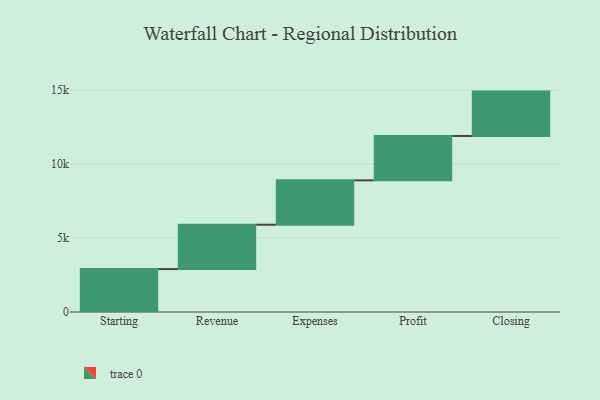
{"axis": {"x": "Step", "y": "Value"}, "legend": [""], "data": [{"x": "Starting", "y": 2902.0, "type": ""}, {"x": "Revenue", "y": 3000, "type": ""}, {"x": "Expenses", "y": 3000, "type": ""}, {"x": "Profit", "y": 3000, "type": ""}, {"x": "Closing", "y": 3000, "type": ""}]}